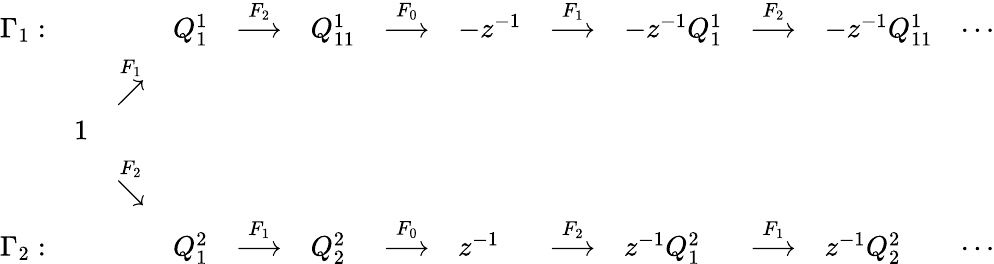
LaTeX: \begin{array}{lllllllllllll}{{\Gamma_{1}:}}&{{}}&{{}}&{{Q_{1}^{1}}}&{{\stackrel{F_{2}}{\longrightarrow}}}&{{Q_{11}^{1}}}&{{\stackrel{F_{0}}{\longrightarrow}}}&{{-z^{-1}}}&{{\stackrel{F_{1}}{\longrightarrow}}}&{{-z^{-1}Q_{1}^{1}}}&{{\stackrel{F_{2}}{\longrightarrow}}}&{{-z^{-1}Q_{11}^{1}}}&{{\cdots}}\\ {{}}&{{}}&{{\stackrel{F_{1}}{\nearrow}}}&{{}}&{{}}&{{}}&{{}}&{{}}&{{}}&{{}}&{{}}&{{}}&{{}}\\ {{}}&{{1}}&{{}}&{{}}&{{}}&{{}}&{{}}&{{}}&{{}}&{{}}&{{}}&{{}}&{{}}\\ {{}}&{{}}&{{\stackrel{F_{2}}{\searrow}}}&{{}}&{{}}&{{}}&{{}}&{{}}&{{}}&{{}}&{{}}&{{}}&{{}}\\ {{\Gamma_{2}:}}&{{}}&{{}}&{{Q_{1}^{2}}}&{{\stackrel{F_{1}}{\longrightarrow}}}&{{Q_{2}^{2}}}&{{\stackrel{F_{0}}{\longrightarrow}}}&{{z^{-1}}}&{{\stackrel{F_{2}}{\longrightarrow}}}&{{z^{-1}Q_{1}^{2}}}&{{\stackrel{F_{1}}{\longrightarrow}}}&{{z^{-1}Q_{2}^{2}}}&{{\cdots}}\end{array}